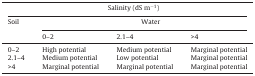
| <COLSPAN=4> Salinity (dS m−1) |
 | Soil | <COLSPAN=3> Water |
 |  | 0–2 | 2.1–4 | >4 |
 | --- | --- | --- | --- |
 | 0–2 | High potential | Medium potential | Marginal potential |
 | 2.1–4 | Medium potential | Low potential | Marginal potential |
 | >4 | Marginal potential | Marginal potential | Marginal potential |